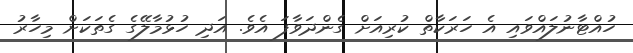
ހުއްޓާނުލައްވައި އެ ހަރަކާތް ކުރިއަށް ގެންދަވާފަ އެވެ. އަދި ހުޅުމާލޭގެ ގެތަކަށް މިހާރު